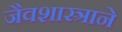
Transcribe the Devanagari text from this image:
जैवशास्त्राने